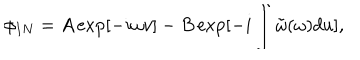
\phi _ { I N } = A \exp [ - i \omega v ] - B \exp [ - i \int \tilde { \omega } ( \omega ) d u ] ,